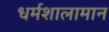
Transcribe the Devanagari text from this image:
धर्मशालामान